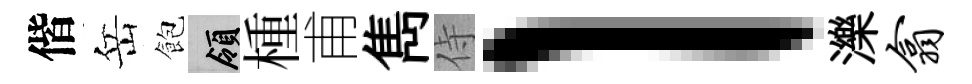
偕岳飽領㮔甫雋侍l濼翕